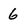
Character: 6